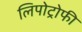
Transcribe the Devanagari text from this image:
लिपोट्रोफी